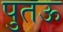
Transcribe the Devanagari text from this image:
पुतऊ